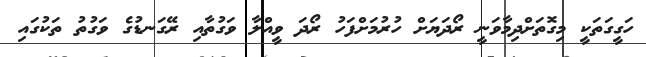
ހަގީގަތަކީ މިގޮތަށްދިމާވަނީ ރޯދަޔަށް ހުރުމަށްފަހު ރޯދަ ވީއްލާ ވަގުތާއި ރޭގަނޑުގެ ވަގުތު ތަކުގައި